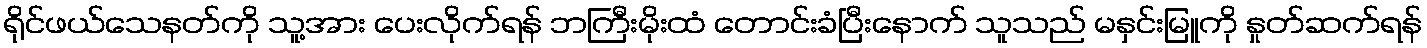
ရိုင်ဖယ်သေနတ်ကို သူ့အား ပေးလိုက်ရန် ဘကြီးမိုးထံ တောင်းခံပြီးနောက် သူသည် မနှင်းမြူကို နှုတ်ဆက်ရန်